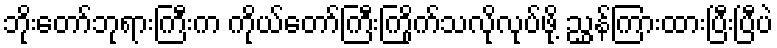
ဘိုးတော်ဘုရားကြီးက ကိုယ်တော်ကြီးကြိုက်သလိုလုပ်ဖို့ ညွှန်ကြားထားပြီးပြီပဲ